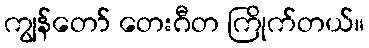
ကျွန်တော် တေးဂီတ ကြိုက်တယ်။